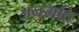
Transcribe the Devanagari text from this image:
अनुगति